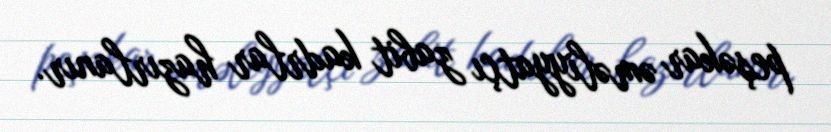
peşəkar əməliyyatçı zabit kadrlar hazırlanır.